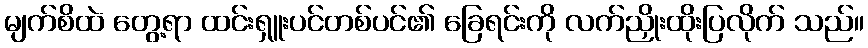
မျက်စိထဲ တွေ့ရာ ထင်းရှူးပင်တစ်ပင်၏ ခြေရင်းကို လက်ညှိုးထိုးပြလိုက် သည်။